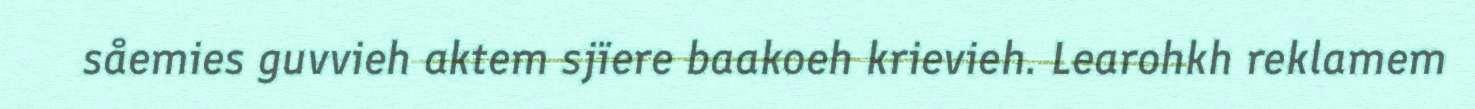
såemies guvvieh aktem sjïere baakoeh krievieh. Learohkh reklamem